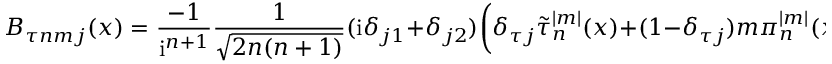
B _ { \tau n m j } ( x ) = \frac { - 1 } { \mathrm { i } ^ { n + 1 } } \frac { 1 } { \sqrt { 2 n ( n + 1 ) } } ( \mathrm { i } \delta _ { j 1 } + \delta _ { j 2 } ) \bigg ( \delta _ { \tau j } \tilde { \tau } _ { n } ^ { | m | } ( x ) + ( 1 - \delta _ { \tau j } ) m \pi _ { n } ^ { | m | } ( x ) \bigg ) .